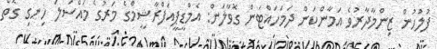
ފުލުހުން ޒިންމާދާރުވެ އަމާންކަން ދަމަހައްޓަން ގޮވާލަން: އެމްޑީޕީއަފްރާޝީމްގެ މަރުގެ މައްސަލަ ހިނގި ގޮތް